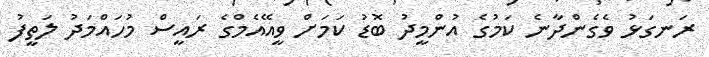
ރަނގަޅު ވެގެންދާނެ ކަމުގެ އުންމީދު ބޮޑު ކަމަށް ވީއޭއެމްގެ ރައީސް މުހައްމަދު ލަތީފު